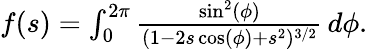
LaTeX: \begin{array}{r}{f(s)=\int_{0}^{2\pi}\frac{\sin^{2}(\phi)}{(1-2s\cos(\phi)+s^{2})^{3/2}}\, d\phi.}\end{array}